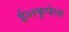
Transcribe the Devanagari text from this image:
ईशकृपेला